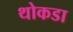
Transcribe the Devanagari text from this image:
थोकडा